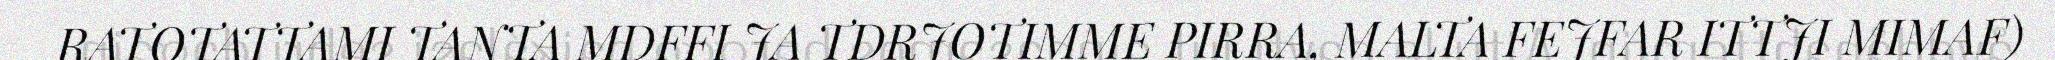
RATOTATTAMI TANTA MDFFI JA TDRJOTIMME PIRRA, MALTA FEJFAR ITTJI MIMAF)